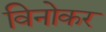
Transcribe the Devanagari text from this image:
विनोकर